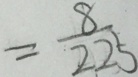
= \frac { 8 } { 2 2 5 }